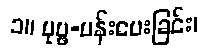
၁။ ပုပ္ဖ-ပန်းပေးခြင်း၊